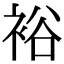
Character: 裕